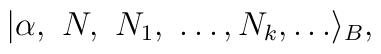
|\alpha,\ N, \ N_1,\ \dots, N_k, \dots \rangle_B,